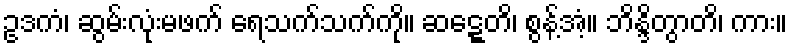
ဥဒကံ၊ ဆွမ်းလုံးမဖက် ရေသက်သက်ကို။ ဆဋ္ဋေတိ၊ စွန့်အံ့။ ဘိန္ဒိတွာတိ၊ ကား။